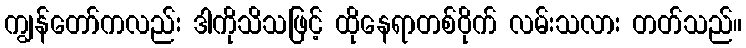
ကျွန်တော်ကလည်း ဒါကိုသိသဖြင့် ထိုနေရာတစ်ဝိုက် လမ်းသလား တတ်သည်။